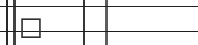
٣